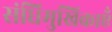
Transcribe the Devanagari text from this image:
संधिमुखिकाएँ